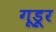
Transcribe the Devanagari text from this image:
गूडूर